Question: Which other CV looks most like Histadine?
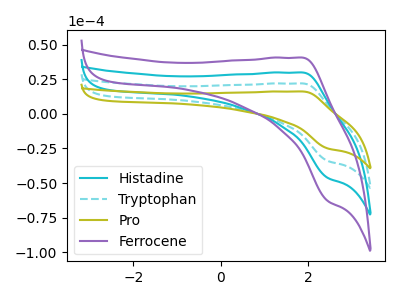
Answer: <think>The cyan curve "Histadine" has an anodic peak at (1.90V, 43.85uA) and a cathodic peak at (2.45V, -68.10uA). The cyan dashed curve "Tryptophan" has an anodic peak at (1.90V, 21.95uA) and a cathodic peak at (2.45V, -34.05uA). The olive curve "Pro" has an anodic peak at (1.90V, 16.15uA) and a cathodic peak at (2.45V, -25.05uA). The purple curve "Ferrocene" has an anodic peak at (1.90V, 65.80uA) and a cathodic peak at (2.45V, -102.15uA).
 All the peaks in "Histadine" have a peak in "Tryptophan" at the same potential. Every peak in "Histadine" is higher than every peak in "Tryptophan". All the peaks in "Histadine" have a peak in "Pro" at the same potential. Every peak in "Histadine" is higher than every peak in "Pro". All the peaks in "Histadine" have a peak in "Ferrocene" at the same potential. Every peak in "Histadine" is lower than every peak in "Ferrocene". All the peaks in "Tryptophan" have a peak in "Pro" at the same potential. Every peak in "Tryptophan" is higher than every peak in "Pro". All the peaks in "Tryptophan" have a peak in "Ferrocene" at the same potential. Every peak in "Tryptophan" is lower than every peak in "Ferrocene". All the peaks in "Pro" have a peak in "Ferrocene" at the same potential. Every peak in "Pro" is lower than every peak in "Ferrocene".</think>
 <answer>"Histadine", "Tryptophan" and "Ferrocene" have a similar shape to "Pro".</answer>
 <eval>"Histadine" "Tryptophan" "Ferrocene"</eval>